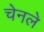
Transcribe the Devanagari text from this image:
चेनले